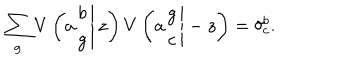
LaTeX: \sum _ { g } V \left( \left. a \begin{array} { c } { { b } } \\ { { g } } \\ \end{array} \right| z \right) V \left( \left. a \begin{array} { c } { { g } } \\ { { c } } \\ \end{array} \right| - z \right) = \delta _ { c } ^ { b } .